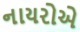
નાયરોએ